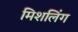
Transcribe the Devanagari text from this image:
मिशलिंग